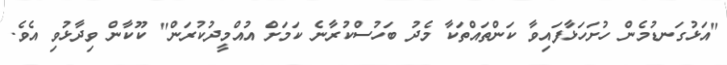
"އަޅުގަނޑުމެން ހުށަހަޅާފައިވާ ކަންތައްތަކާ މެދު ބަހުސްކުރާނެ ކަމަށް އުއްމީދުކުރަން" ކޫކާން ވިދާޅުވި އެވެ.